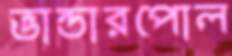
ভান্ডারপোল